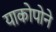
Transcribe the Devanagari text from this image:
याकोपोने